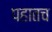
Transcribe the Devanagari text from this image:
पहातच